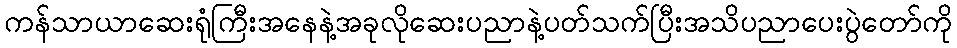
ကန်သာယာဆေးရုံကြီးအနေနဲ့အခုလိုဆေးပညာနဲ့ပတ်သက်ပြီးအသိပညာပေးပွဲတော်ကို